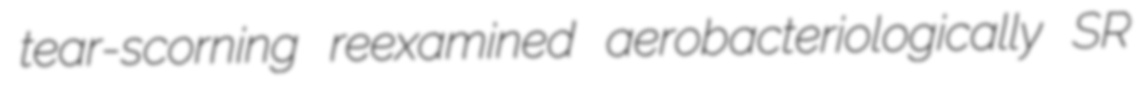
tear-scorning reexamined aerobacteriologically SR